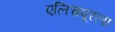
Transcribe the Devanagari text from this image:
एलिचपूरला